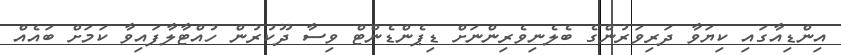
އިންޑިއާގައި ކިޔަވާ ދަރިވަރުންގެ ބެލެނިވެރިންނަށް ޑިޕެންޑެންޓް ވިސާ ދޫކުރުން ހުއްޓާލާފައިވާ ކަމަށް ބައެއް